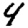
Digit: 4